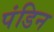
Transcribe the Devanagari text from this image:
पंडिन